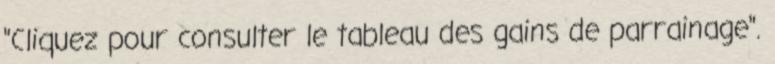
"Cliquez pour consulter le tableau des gains de parrainage".